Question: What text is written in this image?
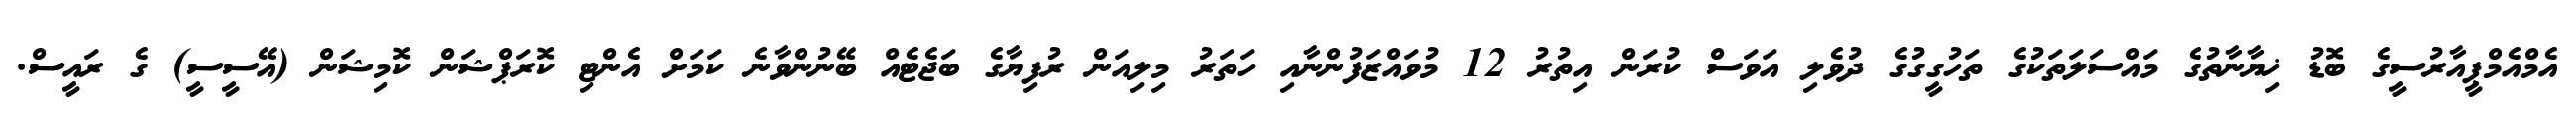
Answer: އެމްއެމްޕީއާރުސީގެ ބޮޑު ޚިޔާނާތުގެ މައްސަލަތަކުގެ ތަހުގީގުގެ ދުވެލި އަވަސް ކުރަން އިތުރު 12 މުވައްޒަފުންނާއި ހަތަރު މިލިއަން ރުފިޔާގެ ބަޖެޓެއް ބޭނުންވާނެ ކަމަށް އެންޓި ކޮރަޕްޝަން ކޮމިޝަން (އޭސީސީ) ގެ ރައީސް.